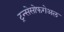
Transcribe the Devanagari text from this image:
ट्रन्सेसोफगेअल